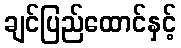
ချင်ပြည်ထောင်နှင့်